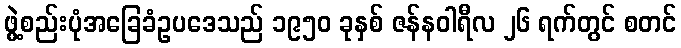
ဖွဲ့စည်းပုံအခြေခံဥပဒေသည် ၁၉၅၀ ခုနှစ် ဇန်နဝါရီလ ၂၆ ရက်တွင် စတင်